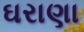
ઘરાણા